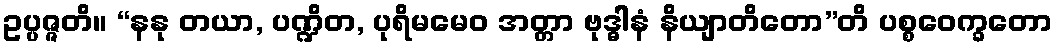
ဥပ္ပဇ္ဇတိ။ “နနု တယာ, ပဏ္ဍိတ, ပုရိမမေဝ အတ္တာ ဗုဒ္ဓါနံ နိယျာတိတော”တိ ပစ္စဝေက္ခတော